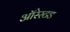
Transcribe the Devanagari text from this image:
ऑरेस्टड